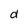
Character: d